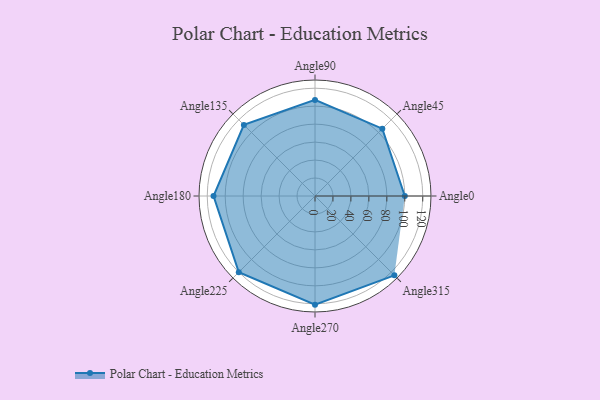
{"axis": {"x": "Angle", "y": "Radius"}, "legend": [""], "data": [{"x": "Angle0", "y": 100.0, "type": ""}, {"x": "Angle45", "y": 106.0, "type": ""}, {"x": "Angle90", "y": 107.0, "type": ""}, {"x": "Angle135", "y": 112.0, "type": ""}, {"x": "Angle180", "y": 113.0, "type": ""}, {"x": "Angle225", "y": 120.0, "type": ""}, {"x": "Angle270", "y": 121.0, "type": ""}, {"x": "Angle315", "y": 125.0, "type": ""}]}